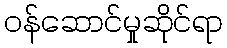
ဝန်ဆောင်မှုဆိုင်ရာ